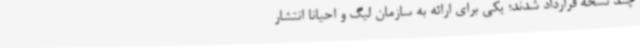
چند نسخه قرارداد شدند؛ یکی برای ارائه به سازمان لیگ و احیانا انتشار